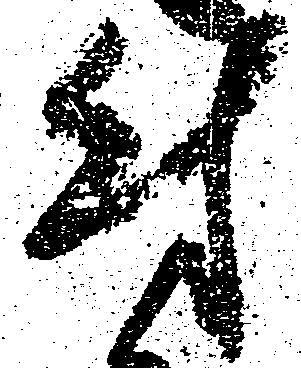
付